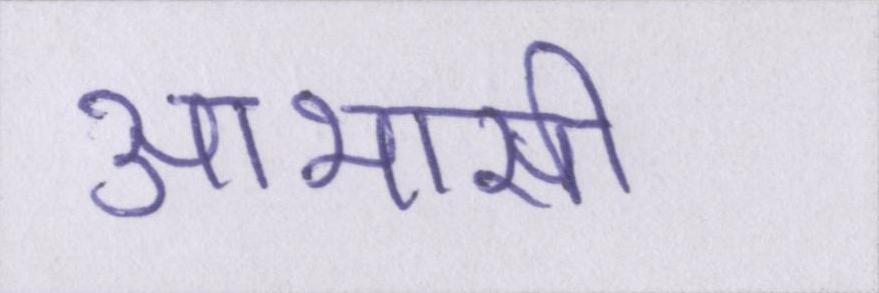
आभासी